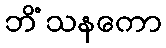
ဘိံသနကော